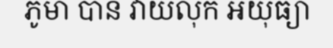
ភូមា បាន វាយលុក អយុធ្យា